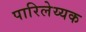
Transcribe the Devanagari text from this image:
पारिलेय्यक